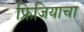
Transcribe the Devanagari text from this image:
फ्रिजियाचा